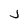
Character: j